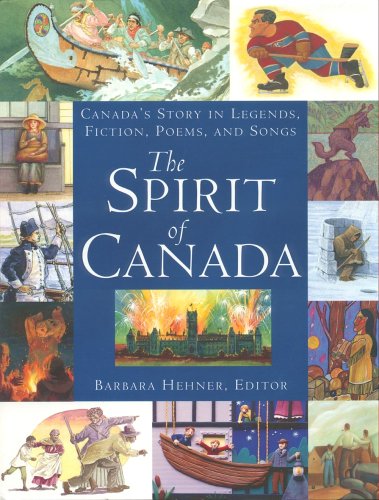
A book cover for The Spirit of Canada: Canada's Story in Legends, Fiction, Poems, and Songs; Teen & Young Adult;